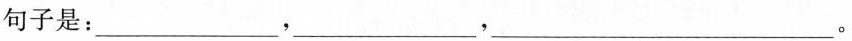
句子是：___，___，___。